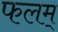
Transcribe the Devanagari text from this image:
फलम्